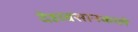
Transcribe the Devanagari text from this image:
देहावसानकाले